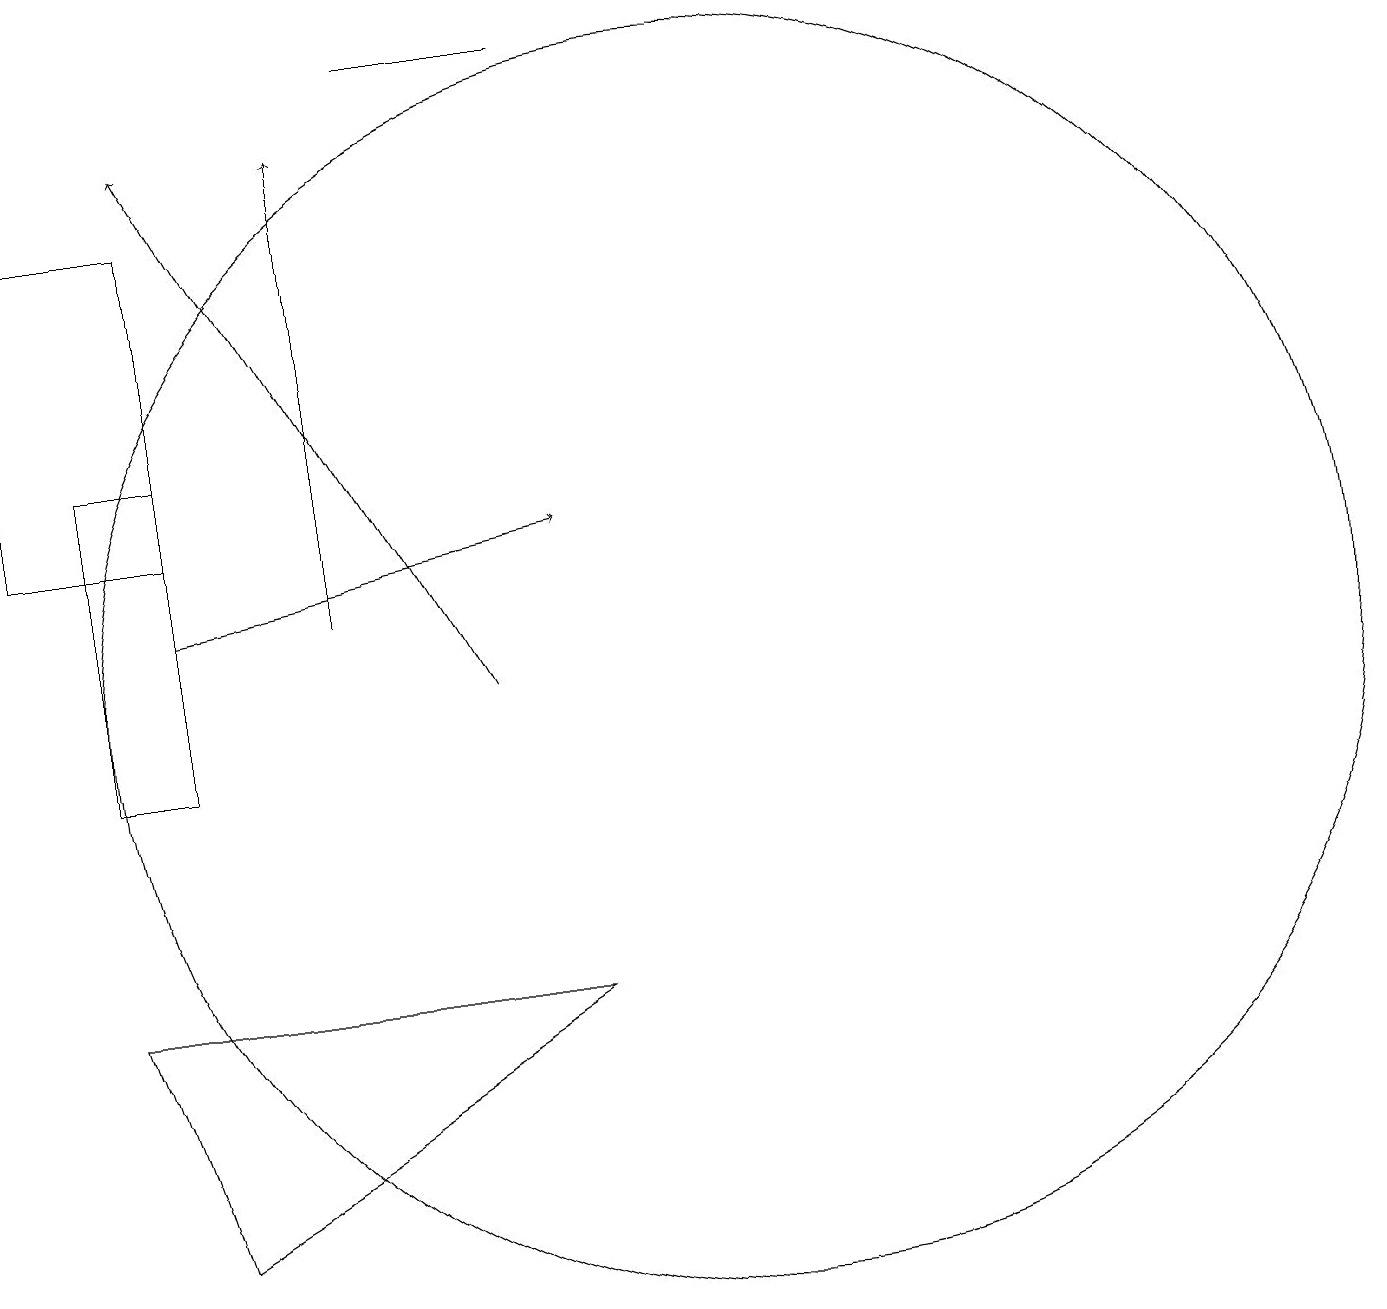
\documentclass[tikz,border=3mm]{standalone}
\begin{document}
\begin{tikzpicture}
\draw (6,19) rectangle (8,19);
\draw (3,17) rectangle (1,13);
\draw[->] (5,12) -- (5,18);
\draw (10,11) circle (8);
\draw (2,7) -- (3,4) -- (8,7) -- cycle;
\draw (3,14) rectangle (2,10);
\draw[->] (3,12) -- (8,13);
\draw[->] (7,11) -- (3,18);
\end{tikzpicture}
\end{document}